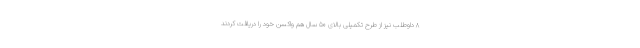
۸ داوطلب نیز از طرح تکمیلی بالای ۵۰ سال هم واکسن خود را دریافت کردند